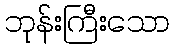
ဘုန်းကြီးသော